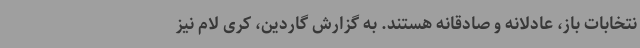
نتخابات باز، عادلانه و صادقانه هستند. به گزارش گاردین، کری لام نیز